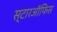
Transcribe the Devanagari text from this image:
स्टारऑफिस